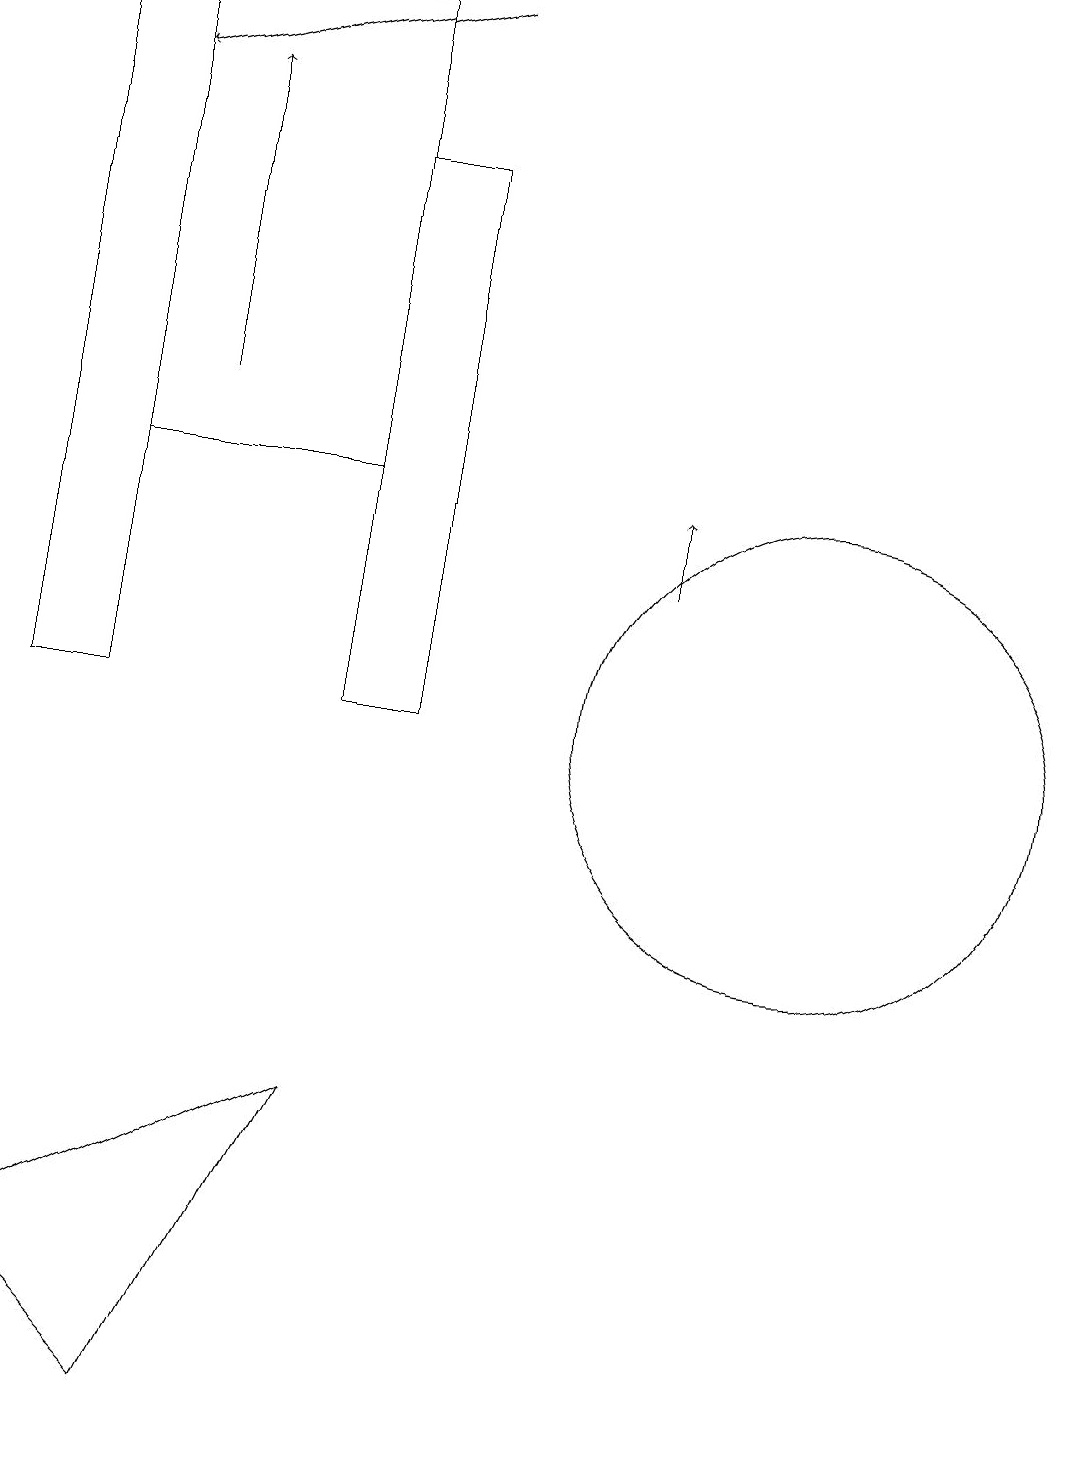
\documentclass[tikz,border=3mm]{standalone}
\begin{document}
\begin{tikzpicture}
\draw (4,10) rectangle (5,17);
\draw[->] (5,19) -- (1,18);
\draw[->] (8,12) -- (8,13);
\draw (1,10) rectangle (0,19);
\draw (10,10) circle (3);
\draw (2,1) -- (4,5) -- (0,3) -- cycle;
\draw[->] (2,14) -- (2,18);
\draw (4,19) rectangle (1,13);
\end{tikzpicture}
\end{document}